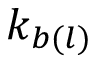
k _ { b ( l ) }